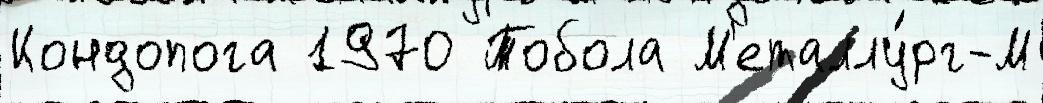
Кондопога 1970 Тобола М'еталлу́рг-М